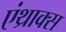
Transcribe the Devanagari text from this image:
एंथ्राक्स